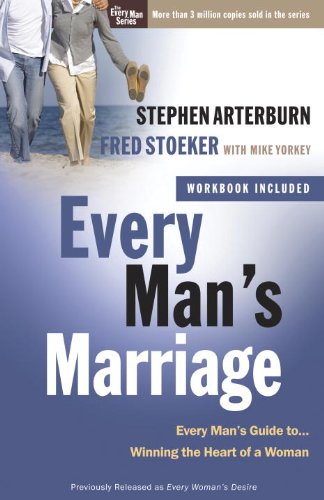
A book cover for Every Man's Marriage: An Every Man's Guide to Winning the Heart of a Woman (The Every Man Series); Stephen Arterburn; Christian Books & Bibles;